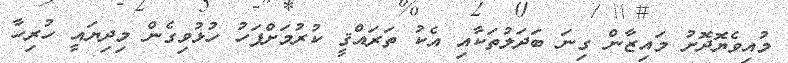
މުއިވެޔޮދޮށު މައިޒާން ގިނަ ބަދަލުތަކާއި އެކު ތަރައްޤީ ކުރުމަށްފަހު ހުޅުވިގެން މިދިޔައީ ހުރިހާ